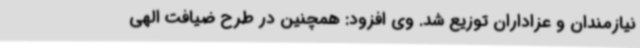
نیازمندان و عزاداران توزیع شد. وی افزود: همچنین در طرح ضیافت الهی